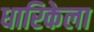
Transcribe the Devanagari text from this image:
धारिकेला